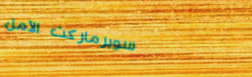
سوبرماركت الأمل